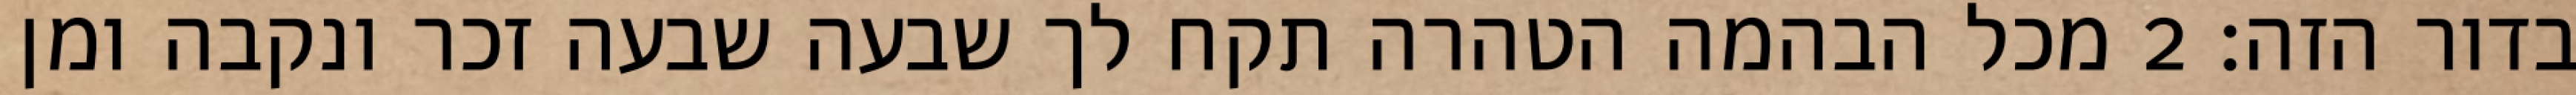
בדור הזה׃ ‎2‏ מכל הבהמה הטהרה תקח לך שבעה שבעה זכר ונקבה ומן